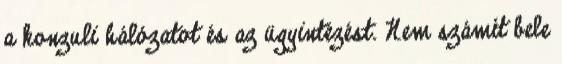
a konzuli hálózatot és az ügyintézést. Nem számít bele